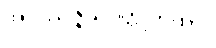
အဝိဿဇ္ဇိယဝတ္ထုကထာ။